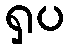
ရှပ